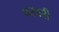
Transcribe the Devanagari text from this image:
परवरी